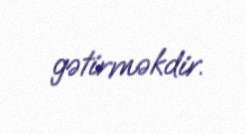
gətirməkdir.